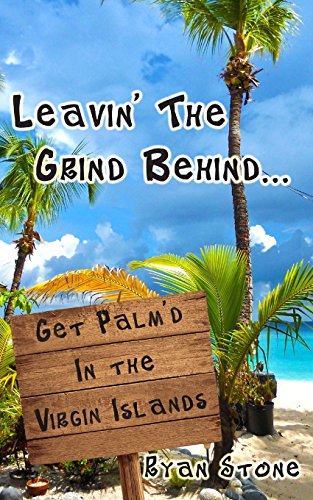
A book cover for Leavin' The Grind Behind...: Get Palm'd in the Virgin Islands (Volume 1); Ryan Stone; Travel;